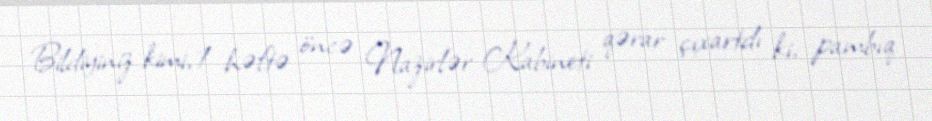
Bildiyiniz kimi, 1 həftə öncə Nazirlər Kabineti qərar çıxartdı ki, pambıq